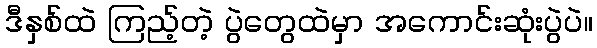
ဒီနှစ်ထဲ ကြည့်တဲ့ ပွဲတွေထဲမှာ အကောင်းဆုံးပွဲပဲ။